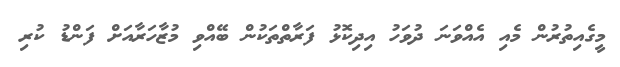
މީގެއިތުރުން މެއި އެއްވަނަ ދުވަހު އިދިކޮޅު ފަރާތްތަކުން ބޭއްވި މުޒާހަރާއަށް ފަންޑު ކުރި